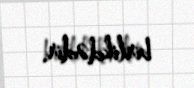
birlikdədir.